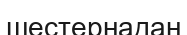
шестернадан